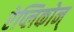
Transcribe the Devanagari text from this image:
रेप्लिकोन्